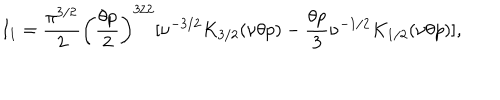
LaTeX: I _ { 1 } = \frac { \pi ^ { 3 / 2 } } { 2 } \biggl ( \frac { \theta p } { 2 } \biggr ) ^ { 3 / 2 } [ \nu ^ { - 3 / 2 } K _ { 3 / 2 } ( \nu \theta p ) - \frac { \theta p } { 3 } \nu ^ { - 1 / 2 } K _ { 1 / 2 } ( \nu \theta p ) ] ,